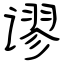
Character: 谬